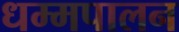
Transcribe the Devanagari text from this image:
धम्मपालन